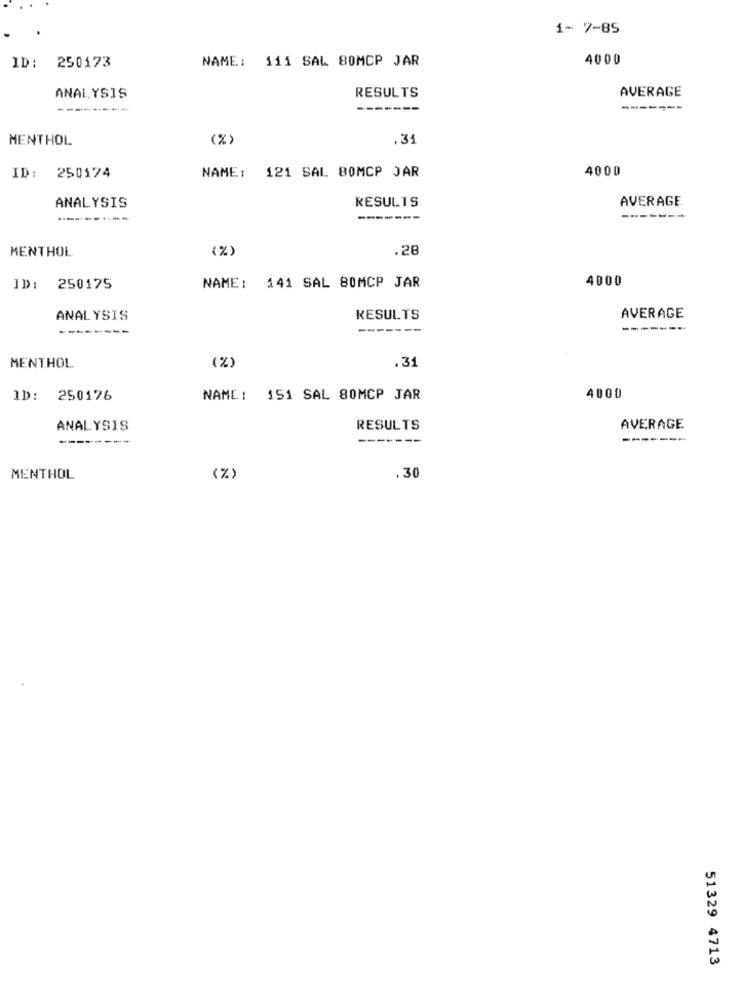
1- 7-85
NAME: 111 SAL 80MCP JAR
4000
ID: 250173
AVERAGE
ANALYSIS
RESULTS
--------
-------
MENTHOL
.31
121 SAL BOMCP JAR
4000
ID: 250174
NAME :
RESULTS
AVERAGE
ANALYSIS
...-------
-------
MENTHOL
(%)
.28
NAME: 141 SAL 80MCP JAR
4000
ID: 250175
ANALYSIS
RESULTS
AVERAGE
----
-------
.31
MENTHOL
( %)
ID: 250176
NAME: 151 SAL 80MCP JAR
4000
ANALYSIS
RESULTS
AVERAGE
--------
-------
MENTHOL
(%)
.30
51329 4713